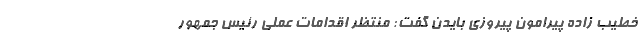
خطیب زاده پیرامون پیروزی بایدن گفت: منتظر اقدامات عملی رئیس جمهور